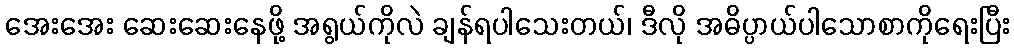
အေးအေး ဆေးဆေးနေဖို့ အရွယ်ကိုလဲ ချန်ရပါသေးတယ်၊ ဒီလို အဓိပ္ပာယ်ပါသောစာကိုရေးပြီး